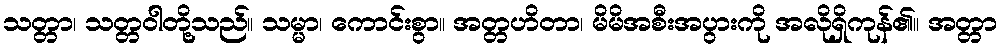
သတ္တာ၊ သတ္တဝါတို့သည်။ သမ္မာ၊ ကောင်းစွာ။ အတ္တဟိတာ၊ မိမိအစီးအပွားကို အလိုရှိကုန်၏။ အတ္တာ